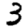
Digit: 3